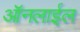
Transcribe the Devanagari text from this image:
ऑनलाईल